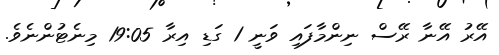
އޭރު އޭނާ ރޭސް ނިންމާފައި ވަނީ 1 ގަޑި އިރާ 19:05 މިނެޓުންނެވެ.